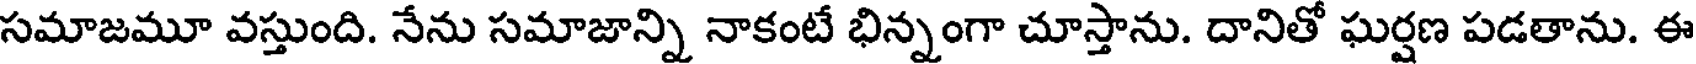
సమాజమూ వస్తుంది. నేను సమాజాన్ని నాకంటే భిన్నంగా చూస్తాను. దానితో ఘర్షణ పడతాను. ఈ